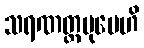
သရဏတ္ထမုပေဟိ